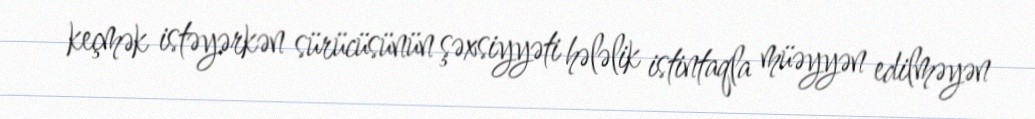
keçmək istəyərkən sürücüsünün şəxsiyyəti hələlik istintaqla müəyyən edilməyən